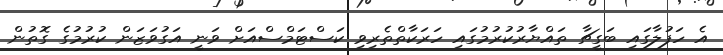
އެ ހަފުލާގައި ބަގީޗާ ތައްޔާރުކުރުމުގައި ހަރަކާތްތެރިވި ކަސްޓަމްސްއަށް ވަނީ އަގުވަޒަން ކުރުމުގެ ގޮތުން